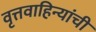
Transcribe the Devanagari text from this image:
वृत्तवाहिन्यांची